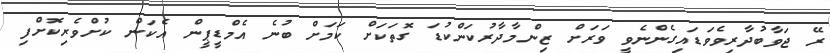
ރޭ ޖަވާބުދާރިވެވަޑައިގެންނެވީ ވަރަށް ޒިންމާދާރުކަންކުޑަ ގޮތަކަށް ކަމަށް ބުނެ އެމްޑީޕީން އެކަން ކުށްވެރިކޮށްފި